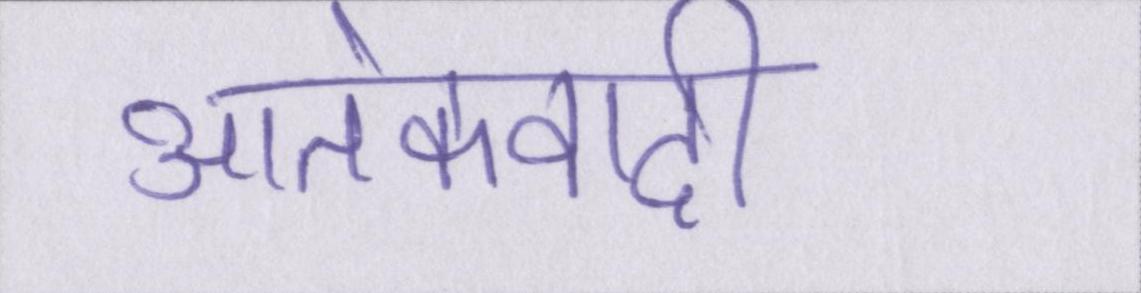
आतंकवादी